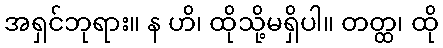
အရှင်ဘုရား။ န ဟိ၊ ထိုသို့မရှိပါ။ တတ္ထ၊ ထို